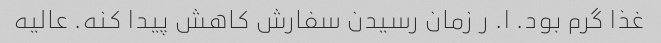
غذا گرم بود. ا. ر زمان رسیدن سفارش کاهش پیدا کنه. عالیه